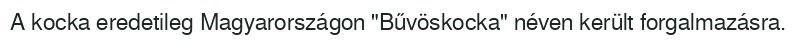
A kocka eredetileg Magyarországon "Bűvöskocka" néven került forgalmazásra.